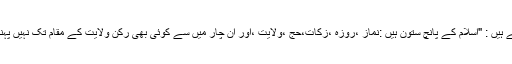
اور اسی طرح امام باقر (علیہ السلام) ارشاد فرماتے ہیں : "اسلام کے پانچ ستون ہیں :نماز ،روزہ ،زکات،حج ،ولایت ،اور ان چار میں سے کوئی بھی رکن ولایت کے مقام تک نہیں پہنچ سکتا یعنی اسلام کا محکم ترین رکن ولایت ہے۔